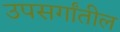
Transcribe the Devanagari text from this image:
उपसर्गांतील